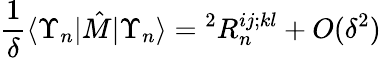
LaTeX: \frac{1}{\delta}\langle\Upsilon_{n}|\hat{M}|\Upsilon_{n}\rangle={}^{2}R_{n}^{ij;kl}+O(\delta^{2})